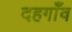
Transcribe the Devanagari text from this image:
दहगाँव